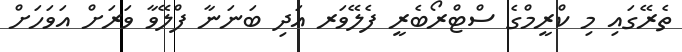
ތެރޭގައި މި ކްރީމްގެ ސްޓްރޯބެރީ ފެލޭވަރ އަދި ބަނަނާ ފްލޭވާ ވަރަށް އަވަހަށް